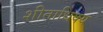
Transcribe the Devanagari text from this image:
शीताधिक्य